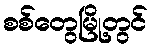
စစ်တွေမြို့တွင်